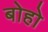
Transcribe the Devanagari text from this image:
बोहो